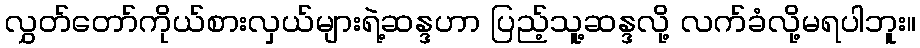
လွှတ်တော်ကိုယ်စားလှယ်များရဲ့ဆန္ဒဟာ ပြည့်သူ့ဆန္ဒလို့ လက်ခံလို့မရပါဘူး။